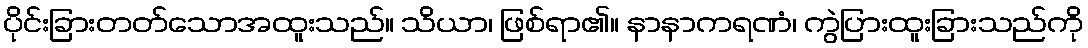
ပိုင်းခြားတတ်သောအထူးသည်။ သိယာ၊ ဖြစ်ရာ၏။ နာနာကရဏံ၊ ကွဲပြားထူးခြားသည်ကို